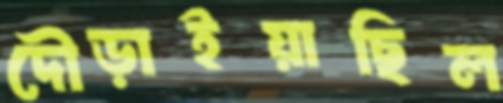
দৌড়াইয়াছিল